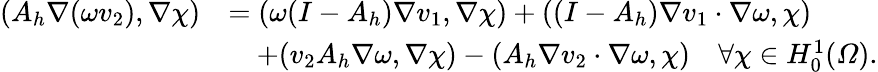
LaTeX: \begin{array}{rl}{(A_{h}\nabla(\omega v_{2}),\nabla\chi)}&{=(\omega(I-A_{h})\nabla v_{1},\nabla\chi)+((I-A_{h})\nabla v_{1}\cdot\nabla\omega,\chi)}\\ &{\quad+(v_{2}A_{h}\nabla\omega,\nabla\chi)-(A_{h}\nabla v_{2}\cdot\nabla\omega,\chi)\quad\forall\chi\in H_{0}^{1}(\varOmega).}\end{array}